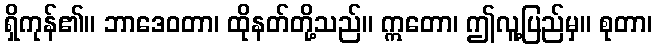
ရှိကုန်၏။ ဘာဒေဝတာ၊ ထိုနတ်တို့သည်။ ဣတော၊ ဤလူ့ပြည်မှ။ စုတာ၊